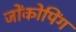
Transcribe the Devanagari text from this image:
जोंकोपिंग